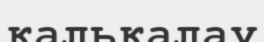
калькалау